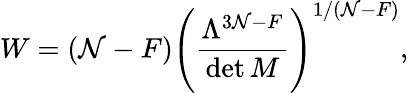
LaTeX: W=(\mathcal{N}-F)\left({\frac{{\Lambda^{3\mathcal{N}-F}}}{{\operatorname*{det}M}}}\right)^{1/(\mathcal{N}-F)},